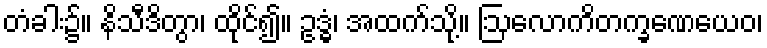
တံခါး၌။ နိသီဒိတွာ၊ ထိုင်၍။ ဥဒ္ဓံ၊ အထက်သို့။ ဩလောကိတက္ခဏေယေဝ၊